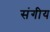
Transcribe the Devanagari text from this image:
संगीय